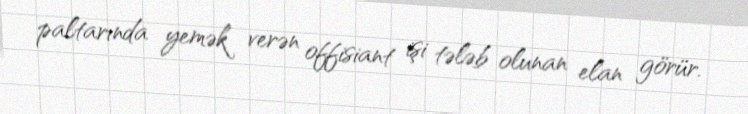
paltarında yemək verən offisiant işi tələb olunan elan görür.